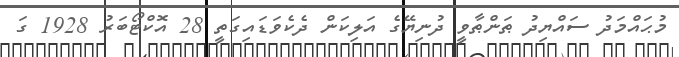
މުޙައްމަދު ސައްޔިދު ޠަންޠާވީ ދުނިޔޭގެ އަލިކަން ދެކެވަޑައިގަތީ 28 އޮކްޓޯބަރު 1928 ގަ